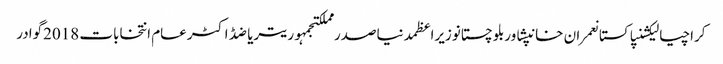
کراچیالیکشنپاکستانعمران خانپشاوربلوچستانوزیراعظمدنیاصدر مملکتجمہوریتریاضڈاکٹرعام انتخابات 2018گوادر